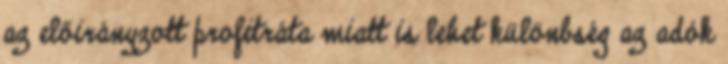
az előirányzott profitráta miatt is lehet különbség az adók